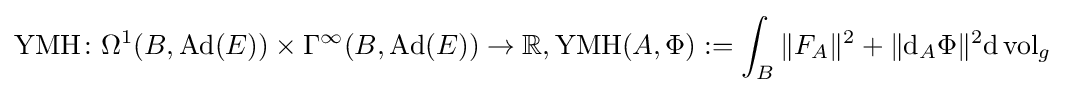
\operatorname {YMH} \colon \Omega ^{1}(B,\operatorname {Ad} (E))\times \Gamma ^{\infty }(B,\operatorname {Ad} (E))\rightarrow \mathbb {R} ,\operatorname {YMH} (A,\Phi ):=\int _{B}\|F_{A}\|^{2}+\|\mathrm {d} _{A}\Phi \|^{2}\mathrm {d} \operatorname {vol} _{g}